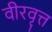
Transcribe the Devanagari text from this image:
वीरवृत्त